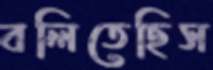
বলিতেছিস